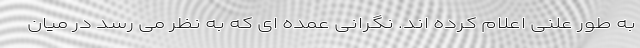
به طور علنی اعلام کرده اند. نگرانی عمده ای که به نظر می رسد در میان